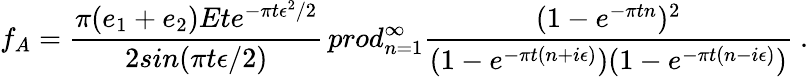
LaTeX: f_{A}={\frac{\pi(e_{1}+e_{2})Ete^{-\pi t\epsilon^{2}/2}}{2sin(\pi t\epsilon/2)}}\, prod_{n=1}^{\infty}{\frac{(1-e^{-\pi tn})^{2}}{(1-e^{-\pi t(n+i\epsilon)})(1-e^{-\pi t(n-i\epsilon)})}}\ .